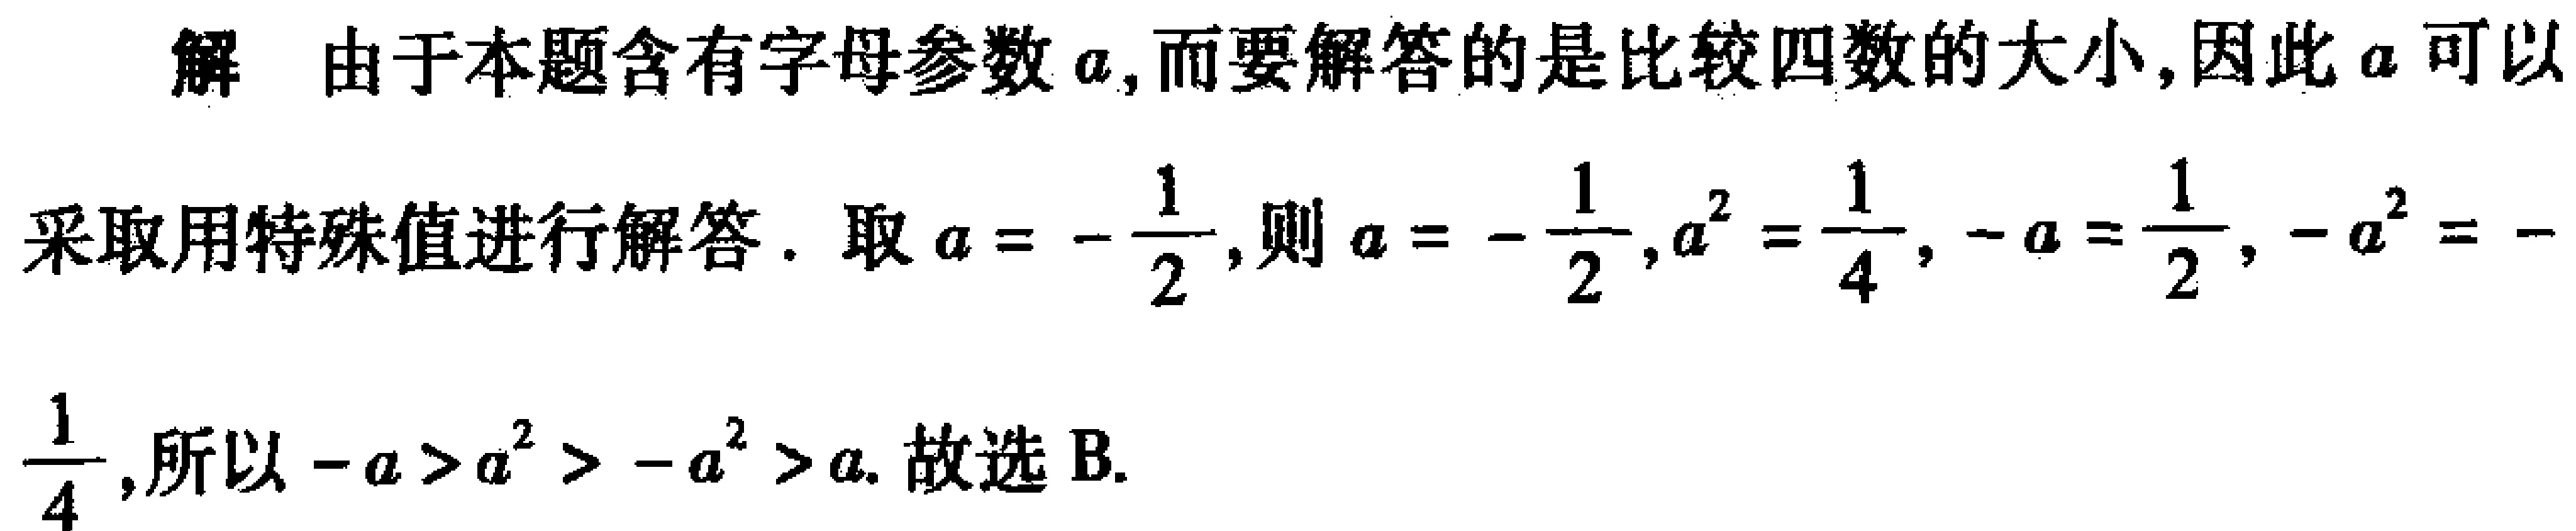
解 由于本题含有字母参数\(a\)，而要解答的是比较四数的大小，因此\(a\)可以

采取用特殊值进行解答. 取\(a = -\frac{1}{2}\)，则\(a = -\frac{1}{2}\)，\(a^{2} = \frac{1}{4}\)，\(-a = \frac{1}{2}\)，\(-a^{2} = -\)

\(\frac{1}{4}\)，所以\(-a > a^{2} > -a^{2} > a\). 故选 B.